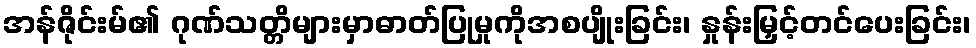
အန်ဇိုင်းမ်၏ ဂုဏ်သတ္တိများမှာဓာတ်ပြုမှုကိုအစပျိုးခြင်း၊ နှုန်းမြှင့်တင်ပေးခြင်း၊